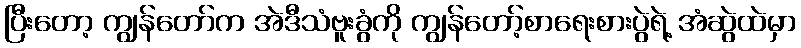
ပြီးတော့ ကျွန်တော်က အဲဒီသံဗူးခွံကို ကျွန်တော့်စာရေးစားပွဲရဲ့ အံဆွဲထဲမှာ